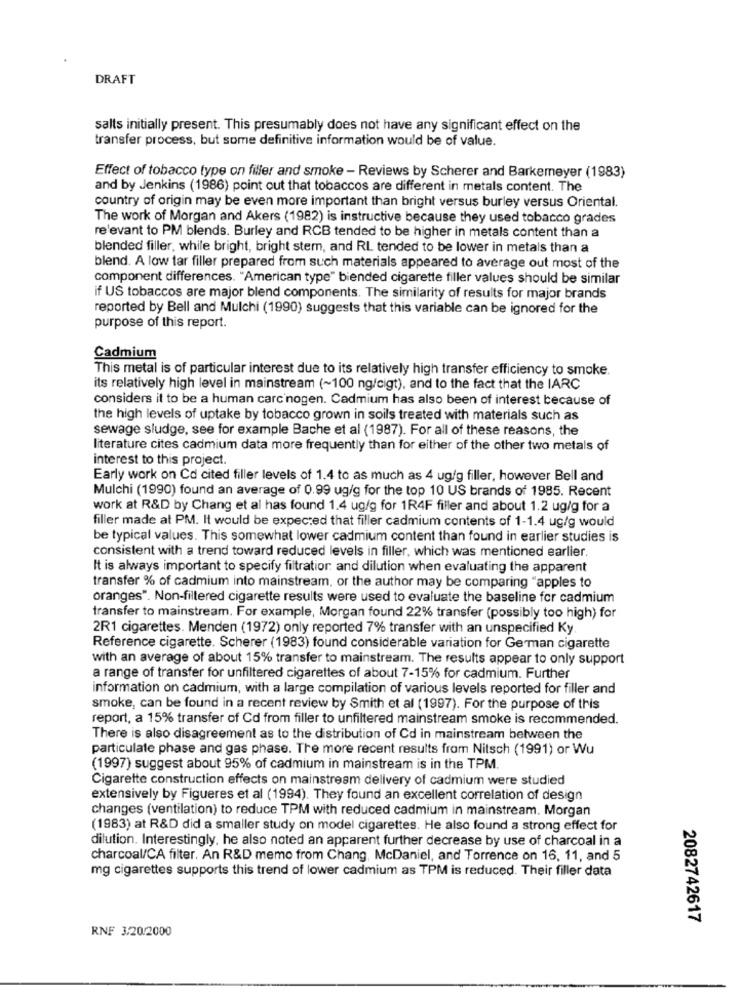
DRAFT
salts initially present. This presumably does not have any significant effect on the
transfer process, but some definitive information would be of value.
Effect of tobacco type on filler and smoke - Reviews by Scherer and Barkemeyer (1983)
and by Jenkins (1986) point out that tobaccos are different in metals content. The
country of origin may be even more important than bright versus burley versus Oriental.
The work of Morgan and Akers (1982) is instructive because they used tobacco grades
relevant to PM blends. Burley and RCB tended to be higher in metals content than a
blended filler, while bright, bright stem, and RL tended to be lower in metals than a
blend. A low tar filler prepared from such materials appeared to average out most of the
component differences. "American type" biended cigarette filler values should be similar
if US tobaccos are major blend components. The similarity of results for major brands
reported by Bell and Mulchi (1990) suggests that this variable can be ignored for the
purpose of this report.
Cadmium
This metal is of particular interest due to its relatively high transfer efficiency to smoke.
its relatively high level in mainstream (~100 ng/cigt), and to the fact that the IARC
considers it to be a human carcinogen. Cadmium has also been of interest because of
the high levels of uptake by tobacco grown in soils treated with materials such as
sewage sludge, see for example Bache et al (1987). For all of these reasons, the
literature cites cadmium data more frequently than for either of the other two metals of
interest to this project.
Early work on Cd cited filler levels of 1.4 to as much as 4 ug/g filler, however Bell and
Mulchi (1990) found an average of 0.99 ug/g for the top 10 US brands of 1985. Recent
work at R&D by Chang et al has found 1.4 ug/g for 1R4F filler and about 1.2 ug/g for a
filler made at PM. It would be expected that filler cadmium contents of 1-1.4 ug/g would
be typical values. This somewhat lower cadmium content than found in earlier studies is
consistent with a trend toward reduced levels in filler, which was mentioned earlier.
It is always important to specify filtration and dilution when evaluating the apparent
transfer % of cadmium into mainstream, or the author may be comparing "apples to
oranges". Non-filtered cigarette results were used to evaluate the baseline for cadmium
transfer to mainstream. For example, Morgan found 22% transfer (possibly too high) for
2R1 cigarettes. Menden (1972) only reported 7% transfer with an unspecified Ky
Reference cigarette. Scherer (1983) found considerable variation for German cigarette
with an average of about 15% transfer to mainstream. The results appear to only support
a range of transfer for unfiltered cigarettes of about 7-15% for cadmium. Further
information on cadmium, with a large compilation of various levels reported for filler and
smoke, can be found in a recent review by Smith et al (1997). For the purpose of this
report, a 15% transfer of Cd from filler to unfiltered mainstream smoke is recommended.
There is also disagreement as to the distribution of Cd in mainstream between the
particulate phase and gas phase. The more recent results from Nitsch (1991) or Wu
(1997) suggest about 95% of cadmium in mainstream is in the TPM.
Cigarette construction effects on mainstream delivery of cadmium were studied
extensively by Figueres et al (1994). They found an excellent correlation of design
changes (ventilation) to reduce TPM with reduced cadmium in mainstream. Morgan
(1983) at R&D did a smaller study on model cigarettes. He also found a strong effect for
dilution. Interestingly, he also noted an apparent further decrease by use of charcoal in a
charcoal/CA filter. An R&D memo from Chang, McDaniel, and Torrence on 16, 11, and 5
mg cigarettes supports this trend of lower cadmium as TPM is reduced. Their filler data
2082742617
RNF 3/20/2000